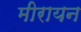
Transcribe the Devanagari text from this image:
मीरायन